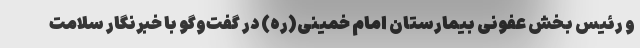
و رئیس بخش عفونی بیمارستان امام خمینی(ره) در گفت‌وگو با خبرنگار سلامت